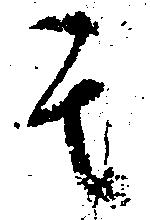
其